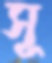
সূ